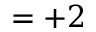
= + 2